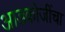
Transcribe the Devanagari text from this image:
आडकोजींचा